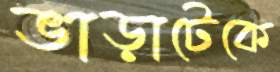
ভাড়াটেকে